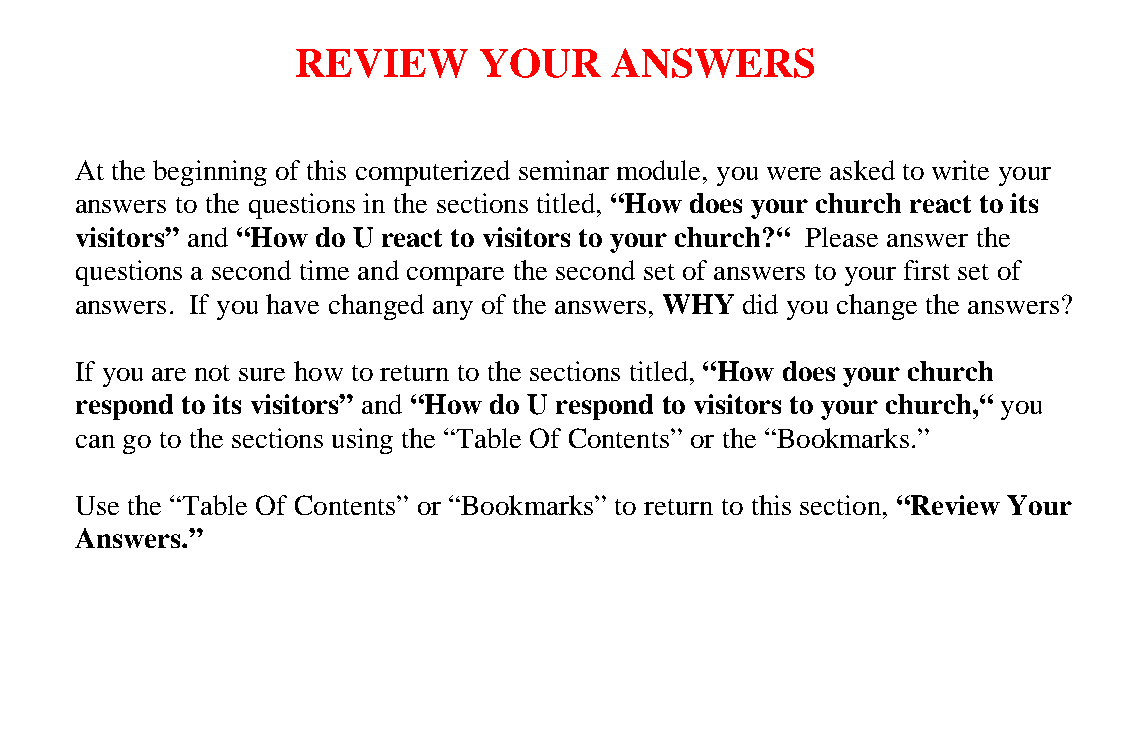
REVIEW      YOUR    ANSWERS
 At the beginning of this computerized seminar module, you were asked to write your
 answers to the questions in the sections titled, “How does your church react to its
 visitors” and “How do U react to visitors to your church?“ Please answer the
 questions a second time and compare the second set of answers to your first set of
 answers. If you have changed any of the answers, WHY did you change the answers?
 If you are not sure how to return to the sections titled, “How does your church
 respond to its visitors” and “How do U respond to visitors to your church,“ you
 can go to the sections using the “Table Of Contents” or the “Bookmarks.”
 Use the “Table Of Contents” or “Bookmarks” to return to this section, “Review Your
 Answers.”